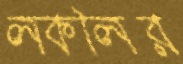
লকলির